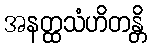
အနတ္ထသံဟိတန္တိ